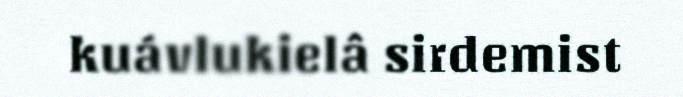
kuávlukielâ sirdemist